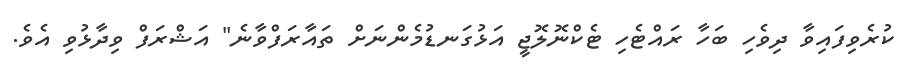
ކުރެވިފައިވާ ދިވެހި ބަހާ ރައްޓެހި ޓެކްނޮލޮޖީ އަޅުގަނޑުމެންނަށް ތައާރަފްވާނެ" އަޝްރަފް ވިދާޅުވި އެވެ.